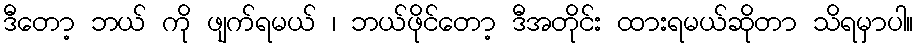
ဒီတော့ ဘယ် ကို ဖျက်ရမယ် ၊ ဘယ်ဖိုင်တော့ ဒီအတိုင်း ထားရမယ်ဆိုတာ သိရမှာပါ။